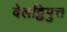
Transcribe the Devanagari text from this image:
वेलट्ठिपुत्त